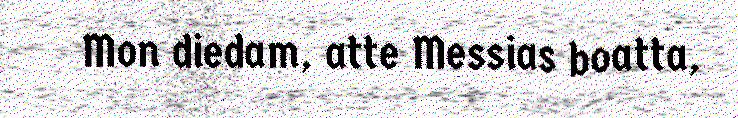
Mon diedam, atte Messias boatta,